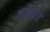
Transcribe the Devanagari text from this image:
कार्स्किये